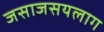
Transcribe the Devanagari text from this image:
जसाजसयलाग